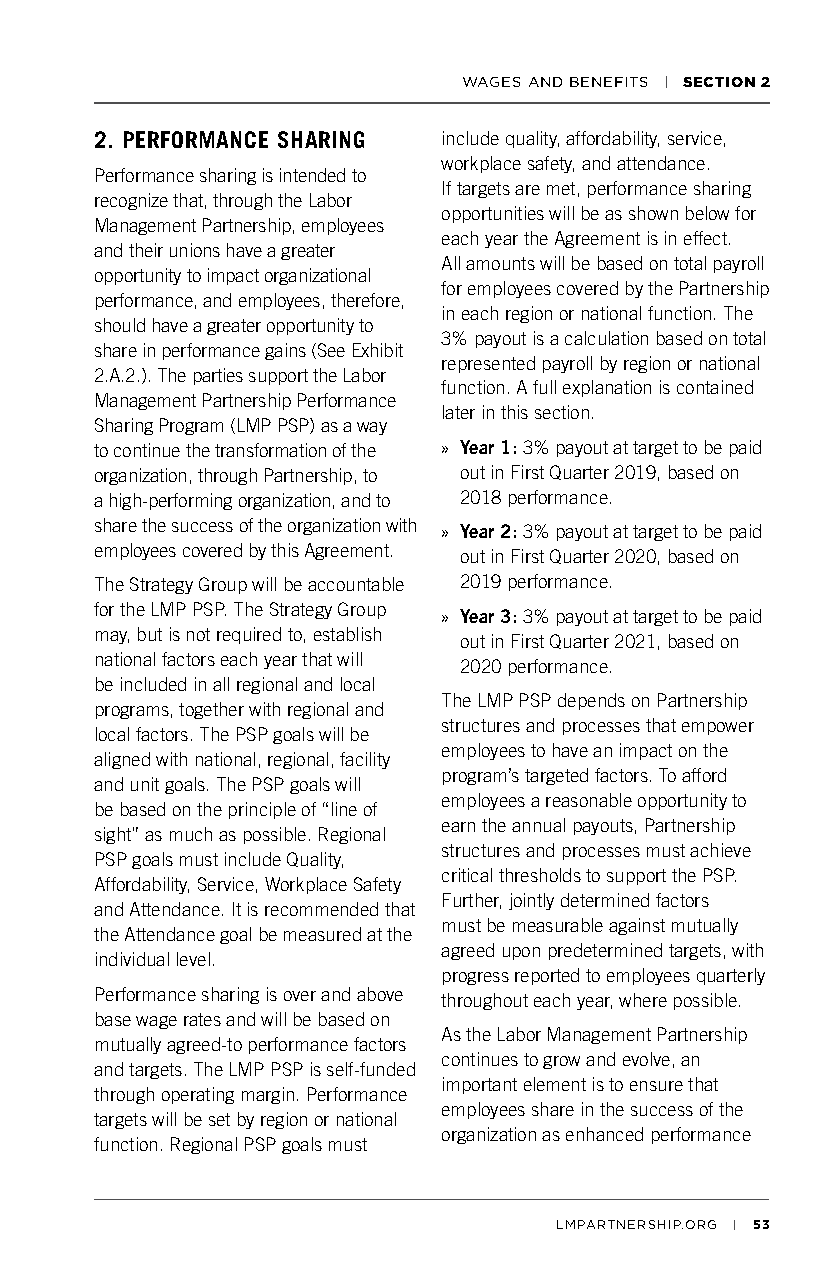
WAGES AND BENEFITS | SECTION 2
 2. PERFORMANCE SHARING include quality, affordability, service,
 workplace safety, and attendance.
 Performance sharing is intended to
 If targets are met, performance sharing
 recognize that, through the Labor
 opportunities will be as shown below for
 Management Partnership, employees
 each year the Agreement is in effect.
 and their unions have a greater
 All amounts will be based on total payroll
 opportunity to impact organizational
 for employees covered by the Partnership
 performance, and employees, therefore,
 in each region or national function. The
 should have a greater opportunity to
 3% payout is a calculation based on total
 share in performance gains (See Exhibit
 represented payroll by region or national
 2.A.2.). The parties support the Labor
 function. A full explanation is contained
 Management Partnership Performance
 later in this section.
 Sharing Program (LMP PSP) as a way
 to continue the transformation of the » Year 1: 3% payout at target to be paid
 organization, through Partnership, to out in First Quarter 2019, based on
 a high-performing organization, and to 2018 performance.
 share the success of the organization with » Year 2: 3% payout at target to be paid
 employees covered by this Agreement. out in First Quarter 2020, based on
 The Strategy Group will be accountable 2019 performance.
 for the LMP PSP. The Strategy Group » Year 3: 3% payout at target to be paid
 may, but is not required to, establish out in First Quarter 2021, based on
 national factors each year that will 2020 performance.
 be included in all regional and local
 The LMP PSP depends on Partnership
 programs, together with regional and
 structures and processes that empower
 local factors. The PSP goals will be
 employees to have an impact on the
 aligned with national, regional, facility
 program’s targeted factors. To afford
 and unit goals. The PSP goals will
 employees a reasonable opportunity to
 be based on the principle of “line of
 earn the annual payouts, Partnership
 sight” as much as possible. Regional
 structures and processes must achieve
 PSP goals must include Quality,
 critical thresholds to support the PSP.
 Affordability, Service, Workplace Safety
 Further, jointly determined factors
 and Attendance. It is recommended that
 must be measurable against mutually
 the Attendance goal be measured at the
 agreed upon predetermined targets, with
 individual level.
 progress reported to employees quarterly
 Performance sharing is over and above throughout each year, where possible.
 base wage rates and will be based on
 As the Labor Management Partnership
 mutually agreed-to performance factors
 continues to grow and evolve, an
 and targets. The LMP PSP is self-funded
 important element is to ensure that
 through operating margin. Performance
 employees share in the success of the
 targets will be set by region or national
 organization as enhanced performance
 function. Regional PSP goals must
 LMPARTNERSHIP.ORG | 53